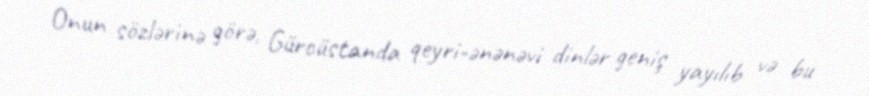
Onun sözlərinə görə, Gürcüstanda qeyri-ənənəvi dinlər geniş yayılıb və bu